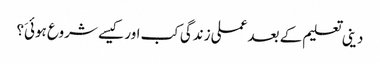
دینی تعلیم کے بعد عملی زندگی کب اور کیسے شروع ہوئیَ؟